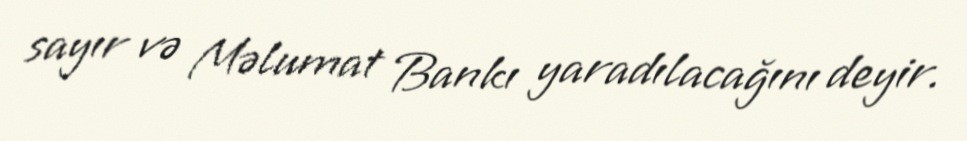
sayır və Məlumat Bankı yaradılacağını deyir.